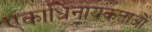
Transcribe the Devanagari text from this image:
एकाधिनायकताओं